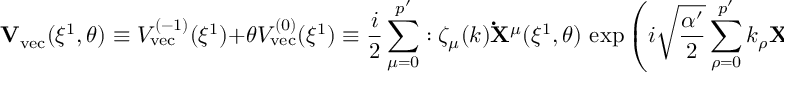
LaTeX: { \bf V } _ { \mathrm { v e c } } ( \xi ^ { 1 } , \theta ) \equiv V _ { \mathrm { v e c } } ^ { ( - 1 ) } ( \xi ^ { 1 } ) + \theta V _ { \mathrm { v e c } } ^ { ( 0 ) } ( \xi ^ { 1 } ) \equiv \frac { i } { 2 } \sum _ { \mu = 0 } ^ { p ^ { \prime } } : \zeta _ { \mu } ( k ) { \bf \dot { X } } ^ { \mu } ( \xi ^ { 1 } , \theta ) \, \exp \left( i \sqrt { \frac { \alpha ^ { \prime } } { 2 } } \sum _ { \rho = 0 } ^ { p ^ { \prime } } k _ { \rho } { \bf X } ^ { \rho } ( \xi ^ { 1 } , \theta ) \right) : ~ ,